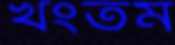
খংতম